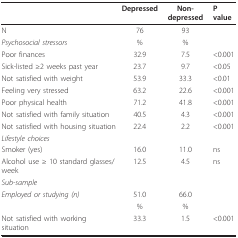
<table><thead><tr><td></td><td><b>Depressed</b></td><td><b>Non-depressed</b></td><td><b>P value</b></td></tr></thead><tbody><tr><td>N</td><td>76</td><td>93</td><td></td></tr><tr><td><i>Psychosocial stressors</i></td><td>%</td><td>%</td><td></td></tr><tr><td>Poor finances</td><td>32.9</td><td>7.5</td><td>&lt;0.001</td></tr><tr><td>Sick-listed ≥2 weeks past year</td><td>23.7</td><td>9.7</td><td>&lt;0.05</td></tr><tr><td>Not satisfied with weight</td><td>53.9</td><td>33.3</td><td>&lt;0.01</td></tr><tr><td>Feeling very stressed</td><td>63.2</td><td>22.6</td><td>&lt;0.001</td></tr><tr><td>Poor physical health</td><td>71.2</td><td>41.8</td><td>&lt;0.001</td></tr><tr><td>Not satisfied with family situation</td><td>40.5</td><td>4.3</td><td>&lt;0.001</td></tr><tr><td>Not satisfied with housing situation</td><td>22.4</td><td>2.2</td><td>&lt;0.001</td></tr><tr><td><i>Lifestyle choices</i></td><td></td><td></td><td></td></tr><tr><td>Smoker (yes)</td><td>16.0</td><td>11.0</td><td>ns</td></tr><tr><td>Alcohol use ≥ 10 standard glasses/week</td><td>12.5</td><td>4.5</td><td>ns</td></tr><tr><td><i>Sub-sample</i></td><td></td><td></td><td></td></tr><tr><td><i>Employed or studying (n)</i></td><td>51.0</td><td>66.0</td><td></td></tr><tr><td></td><td>%</td><td>%</td><td></td></tr><tr><td>Not satisfied with working situation</td><td>33.3</td><td>1.5</td><td>&lt;0.001</td></tr></tbody></table>